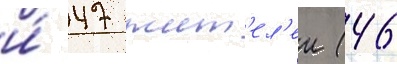
и́ 47 жит'ел'еи (46